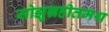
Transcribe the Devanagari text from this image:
सोझुग्रहीतमथ